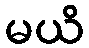
မယိ